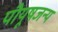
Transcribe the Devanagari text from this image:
पीयूषजन्य